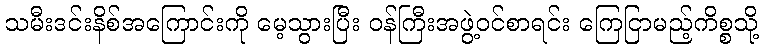
သမီးဒင်းနိစ်အကြောင်းကို မေ့သွားပြီး ဝန်ကြီးအဖွဲ့ဝင်စာရင်း ကြေငြာမည့်ကိစ္စသို့